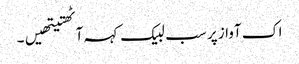
اک آواز پر سب لبیک کہہ آٹھتیتھیں۔